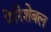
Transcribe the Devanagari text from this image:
पेरिशेबल